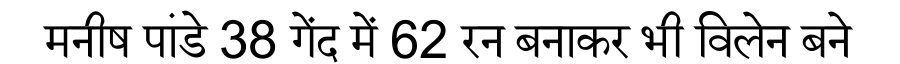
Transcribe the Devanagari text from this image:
मनीष पांडे 38 गेंद में 62 रन बनाकर भी विलेन बने